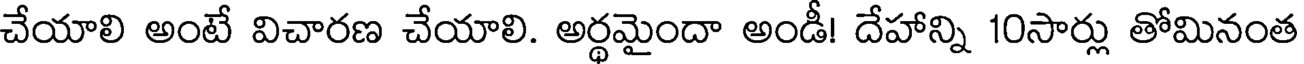
చేయాలి అంటే విచారణ చేయాలి. అర్థమైందా అండీ! దేహాన్ని 10సార్లు తోమినంత